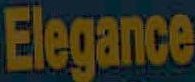
Elegance